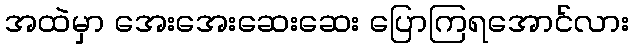
အထဲမှာ အေးအေးဆေးဆေး ပြောကြရအောင်လား